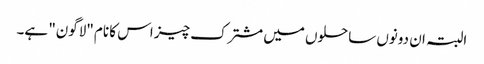
البتہ ان دونوں ساحلوں میں مشترک چیز اس کا نام "لاگون" ہے۔